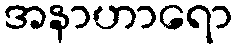
အနာဟာရော